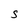
Character: S